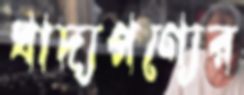
খাদ্যপণ্যের